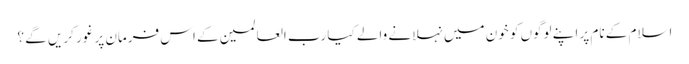
اسلام کے نام پر اپنے لوگوں کو خون میں نہلانے والے کیا رب العالمین کے اس فرمان پر غور کریں گے ؟